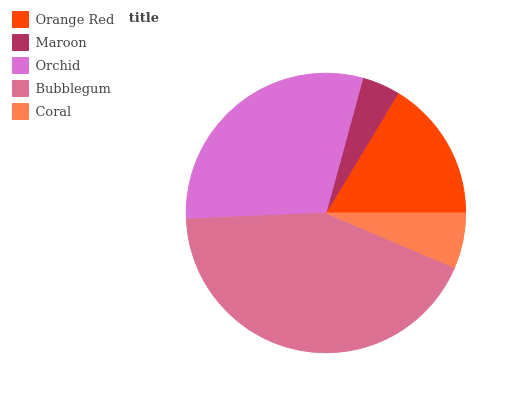
| Orange Red | Maroon | Orchid | Bubblegum | Coral |
 | --- | --- | --- | --- | --- |
 | 16.4% | 4.37% | 29.9% | 42.9% | 6.39% |